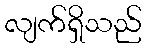
လျက်ရှိသည်